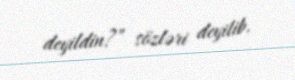
deyildin?” sözləri deyilib.